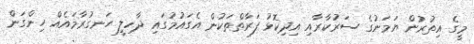
މީގެ އިތުރުން ޔަމަނުގެ ސަރުކާރާއި އިދިކޮޅު ފަރާތްތަކުން އެގައުމުގައި ދާހިލީ ހަނގުރާމައެއް ހިންގަން